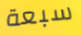
سبعة